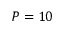
P = 1 0